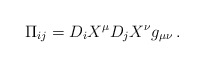
\begin{align*}\Pi_{ij} =D_i X^{\mu}D_j X^{\nu}g_{\mu\nu} \, .\end{align*}